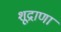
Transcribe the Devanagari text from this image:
शूद्राणां